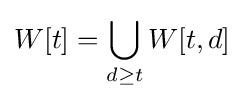
W[t]=\bigcup _{d\geq t}W[t,d]